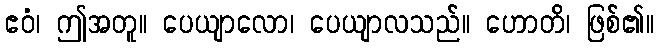
ဧဝံ၊ ဤအတူ။ ပေယျာလော၊ ပေယျာလသည်။ ဟောတိ၊ ဖြစ်၏။